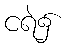
ငရဲ၌